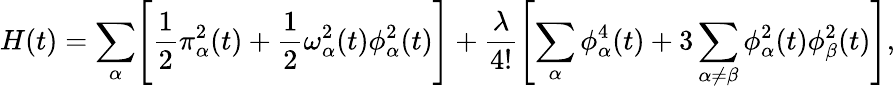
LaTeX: H(t)=\sum_{\alpha}\Biggl[\frac{1}{2}\pi_{\alpha}^{2}(t)+\frac{1}{2}{\omega}_{\alpha}^{2}(t)\phi_{\alpha}^{2}(t)\Biggr]+\frac{\lambda}{4!}\Biggl[\sum_{\alpha}\phi_{\alpha}^{4}(t)+3\sum_{\alpha\neq\beta}\phi_{\alpha}^{2}(t)\phi_{\beta}^{2}(t)\Biggr],